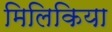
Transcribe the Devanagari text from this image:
मिलिकिया